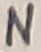
Text: N